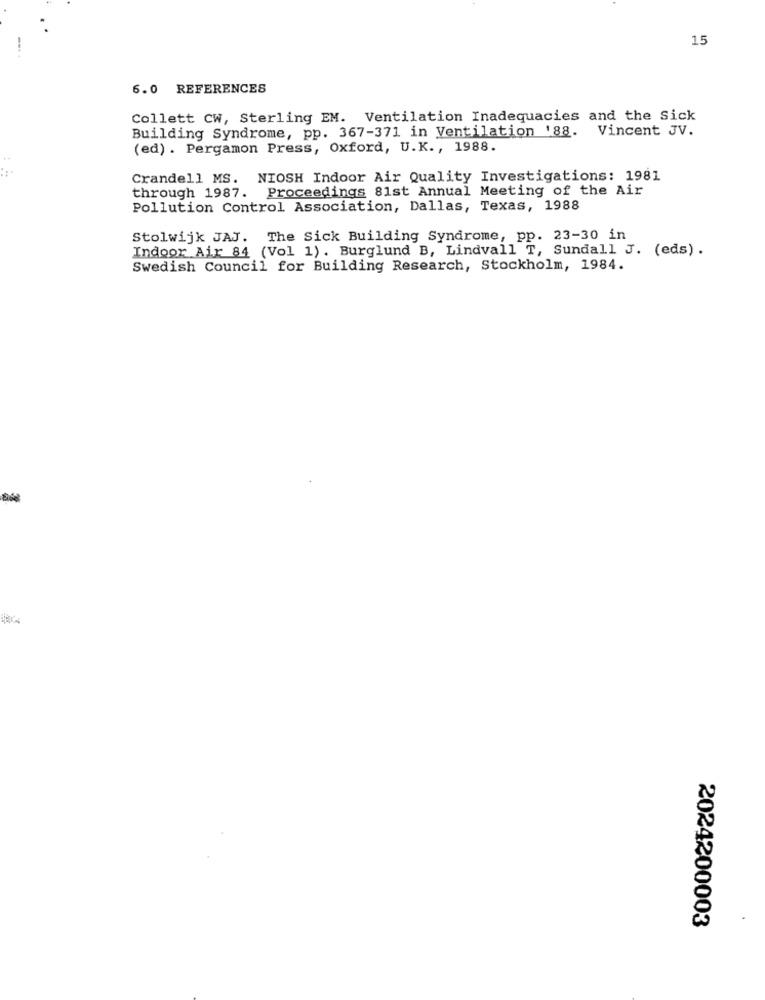
15
6.0 REFERENCES
Collett CW, Sterling EM. Ventilation Inadequacies and the Sick
Building Syndrome, pp. 367-371 in Ventilation '88.
Vincent JV.
(ed) . Pergamon Press, Oxford, U.K ., 1988.
Crandell MS. NIOSH Indoor Air Quality Investigations: 1981
Proceedings 81st Annual Meeting of the Air
through 1987.
Pollution Control Association, Dallas, Texas, 1988
Stolwijk JAJ. The Sick Building Syndrome, pp. 23-30 in
Indoor Air 84 (Vol 1). Burglund B, Lindvall T, Sundall J. (eds) .
Swedish Council for Building Research, Stockholm, 1984.
2024200003